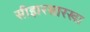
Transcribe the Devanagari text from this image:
सीझरसारखा